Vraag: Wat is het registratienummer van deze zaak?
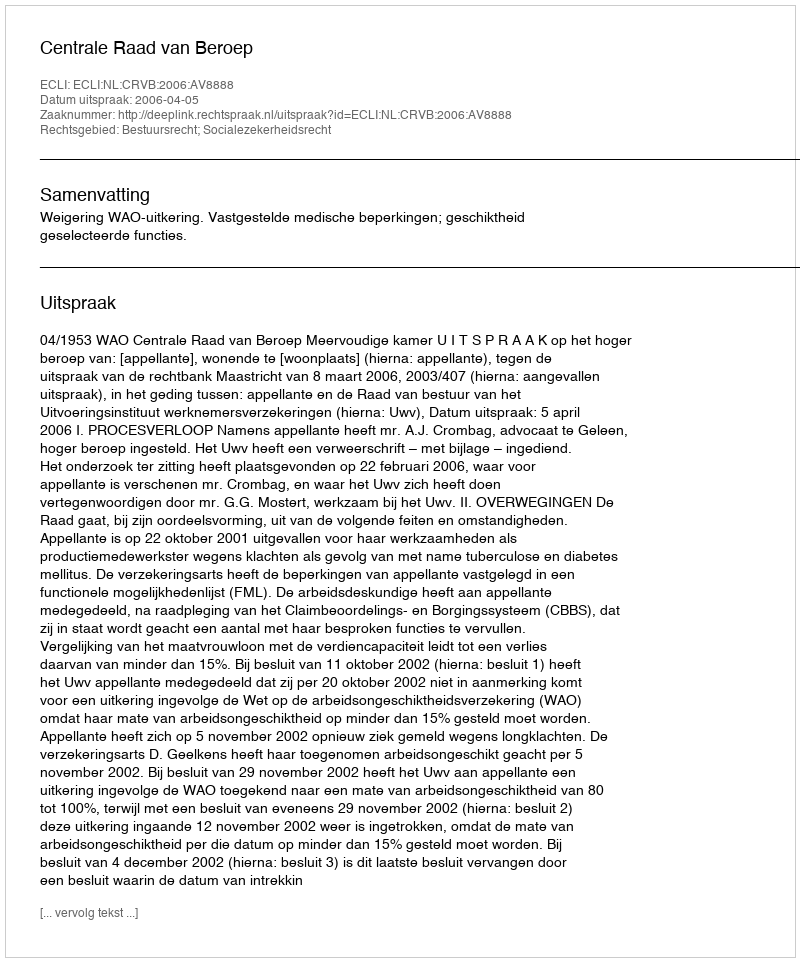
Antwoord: http://deeplink.rechtspraak.nl/uitspraak?id=ECLI:NL:CRVB:2006:AV8888